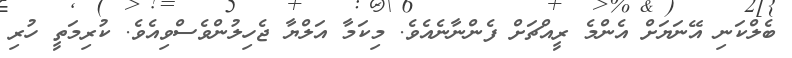
ބެލްކަނި އޭނަޔަށް އެންމެ ރީއްޗަށް ފެންނާނެއެވެ. މިކަމާ އަލްޔާ ޖެހިލުންވެސްވިއެވެ. ކުރިމަތީ ހުރި